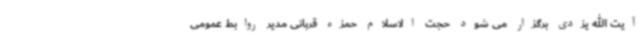
آیت الله یزدی برگزار می شود حجت الاسلام حمزه قربانی مدیر روابط عمومی